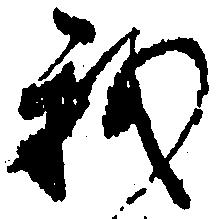
我